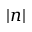
| n |